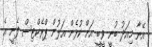
އޭނާ މިއަދު ބުނީ ވީބީ އަށް ކުޅެން އަލުން ޕްރެކްޓިސް ފެށީ އެ